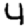
Digit: 4